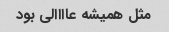
مثل همیشه عاااالی بود